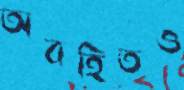
অবহিতও